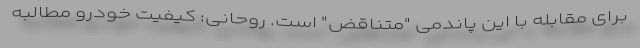
برای مقابله با این پاندمی "متناقض" است. روحانی: کیفیت خودرو مطالبه